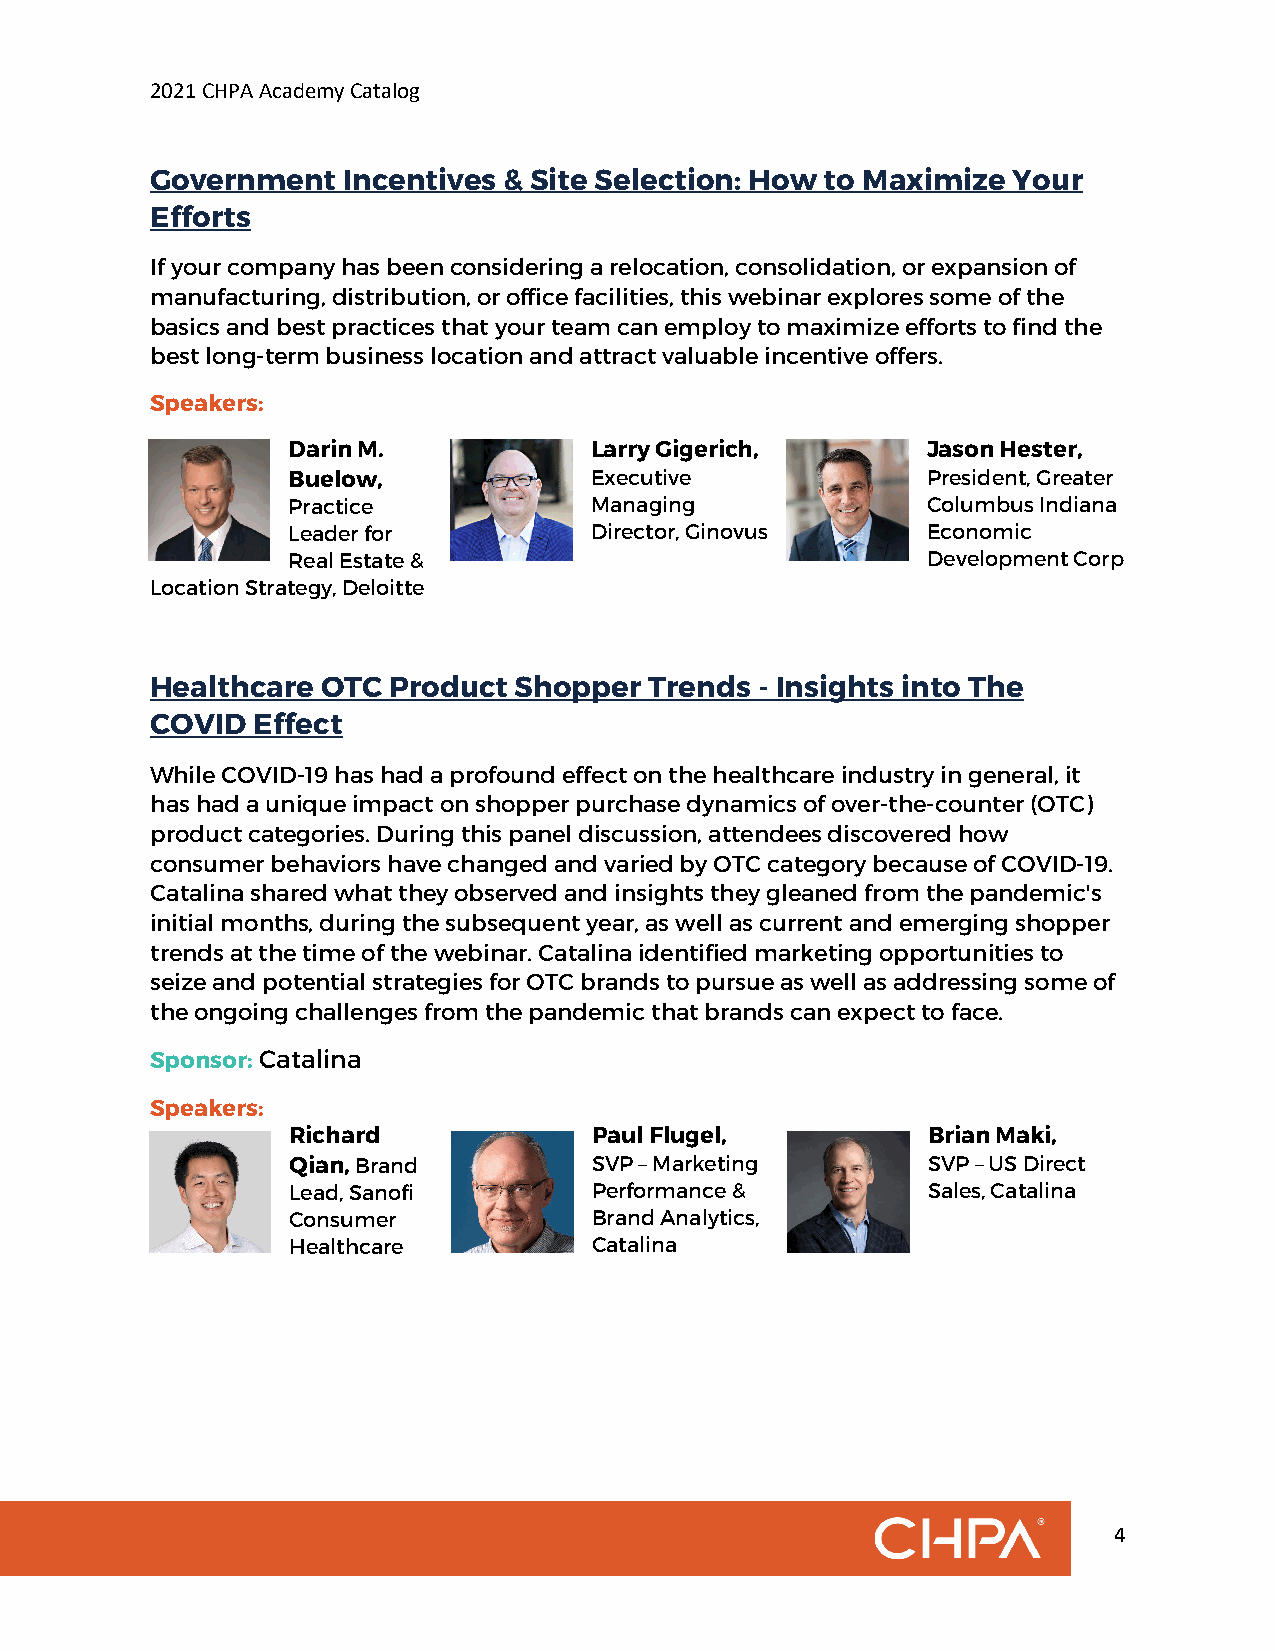
2021 CHPA Academy Catalog
 Government   Incentives & Site Selection: How to Maximize Your
 Efforts
 If your company has been considering a relocation, consolidation, or expansion of
 manufacturing, distribution, or office facilities, this webinar explores some of the
 basics and best practices that your team can employ to maximize efforts to find the
 best long-term business location and attract valuable incentive offers.
 Speakers:
 Darin M.            Larry Gigerich,       Jason Hester,
 Buelow,             Executive             President, Greater
 Practice            Managing              Columbus Indiana
 Leader for          Director, Ginovus     Economic
 Real Estate &                             Development Corp
 Location Strategy, Deloitte
 Healthcare OTC  Product Shopper  Trends - Insights into The
 COVID  Effect
 While COVID-19 has had a profound effect on the healthcare industry in general, it
 has had a unique impact on shopper purchase dynamics of over-the-counter (OTC)
 product categories. During this panel discussion, attendees discovered how
 consumer behaviors have changed and varied by OTC category because of COVID-19.
 Catalina shared what they observed and insights they gleaned from the pandemic's
 initial months, during the subsequent year, as well as current and emerging shopper
 trends at the time of the webinar. Catalina identified marketing opportunities to
 seize and potential strategies for OTC brands to pursue as well as addressing some of
 the ongoing challenges from the pandemic that brands can expect to face.
 Sponsor: Catalina
 Speakers:
 Richard             Paul Flugel,          Brian Maki,
 Qian, Brand         SVP – Marketing       SVP – US Direct
 Lead, Sanofi        Performance &         Sales, Catalina
 Consumer            Brand Analytics,
 Healthcare          Catalina
 4